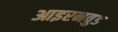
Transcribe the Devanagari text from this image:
आइरनवुड